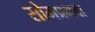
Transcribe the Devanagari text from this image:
सोमप्रभवा